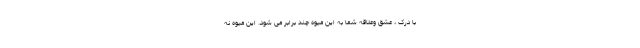
با درک ، عشق وعلاقه شما به این میوه چند برابر می شود. این میوه نه